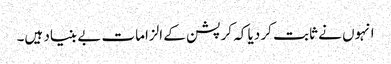
انہوں نے ثابت کر دیا کہ کرپشن کے الزامات بے بنیاد ہیں۔